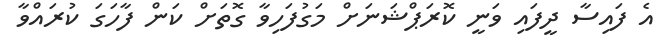
އެ ފައިސާ ދީފައި ވަނީ ކޮރަޕްޝަނަށް މަގުފަހިވާ ގޮތަށް ކަން ފާހަގަ ކުރައްވާ